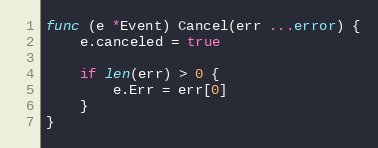
Language: Go
func (e *Event) Cancel(err ...error) {
	e.canceled = true

	if len(err) > 0 {
		e.Err = err[0]
	}
}